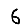
Digit: 6